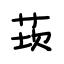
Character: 莰